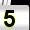
Digit: 5